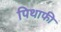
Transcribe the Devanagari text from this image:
पिथाफी